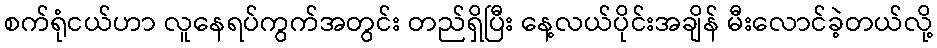
စက်ရုံငယ်ဟာ လူနေရပ်ကွက်အတွင်း တည်ရှိပြီး နေ့လယ်ပိုင်းအချိန် မီးလောင်ခဲ့တယ်လို့